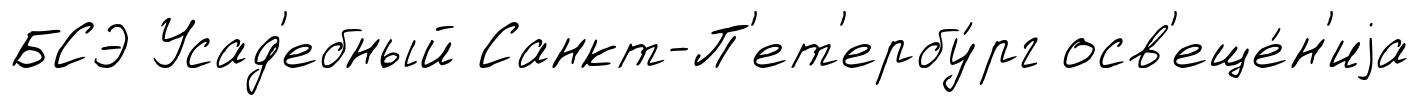
БСЭ Усад'ебный Санкт-П'ет'ербу́рг осв'еще́н'иjа